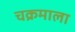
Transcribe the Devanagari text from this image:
चक्रमाला